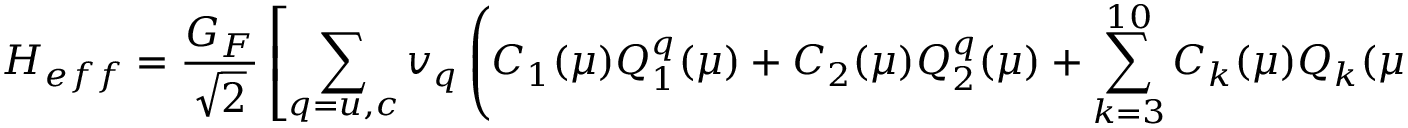
{ \cal { H } } _ { e f f } = \frac { G _ { F } } { \sqrt { 2 } } \left[ \sum _ { q = u , c } v _ { q } \left( C _ { 1 } ( \mu ) Q _ { 1 } ^ { q } ( \mu ) + C _ { 2 } ( \mu ) Q _ { 2 } ^ { q } ( \mu ) + \sum _ { k = 3 } ^ { 1 0 } C _ { k } ( \mu ) Q _ { k } ( \mu ) \right) \right] + h . c . ,